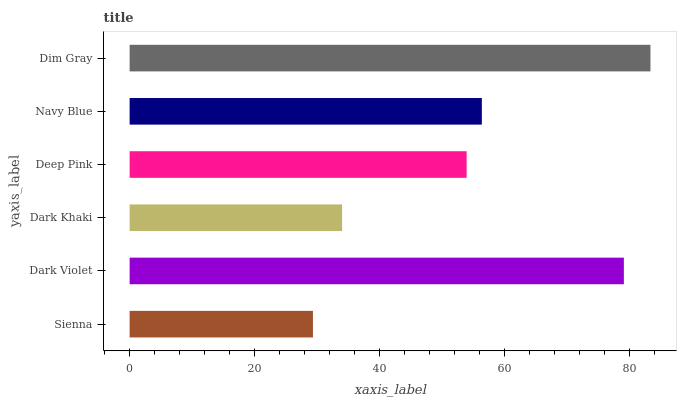
| yaxis_label | bars |
 | --- | --- |
 | Sienna | 29.3 |
 | Dark Violet | 79.1 |
 | Dark Khaki | 34 |
 | Deep Pink | 53.9 |
 | Navy Blue | 56.4 |
 | Dim Gray | 83.4 |